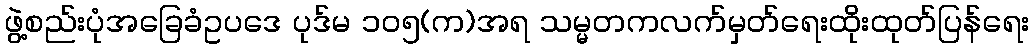
ဖွဲ့စည်းပုံအခြေခံဥပဒေ ပုဒ်မ ၁၀၅(က)အရ သမ္မတကလက်မှတ်ရေးထိုးထုတ်ပြန်ရေး